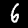
Label: 6